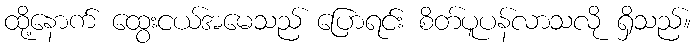
ထို့နောက် ထွေးငယ်အမေသည် ပြောရင်း စိတ်ပူပန်လာသလို ရှိသည်။